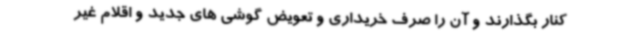
کنار بگذارند و آن را صرف خریداری و تعویض گوشی های جدید و اقلام غیر